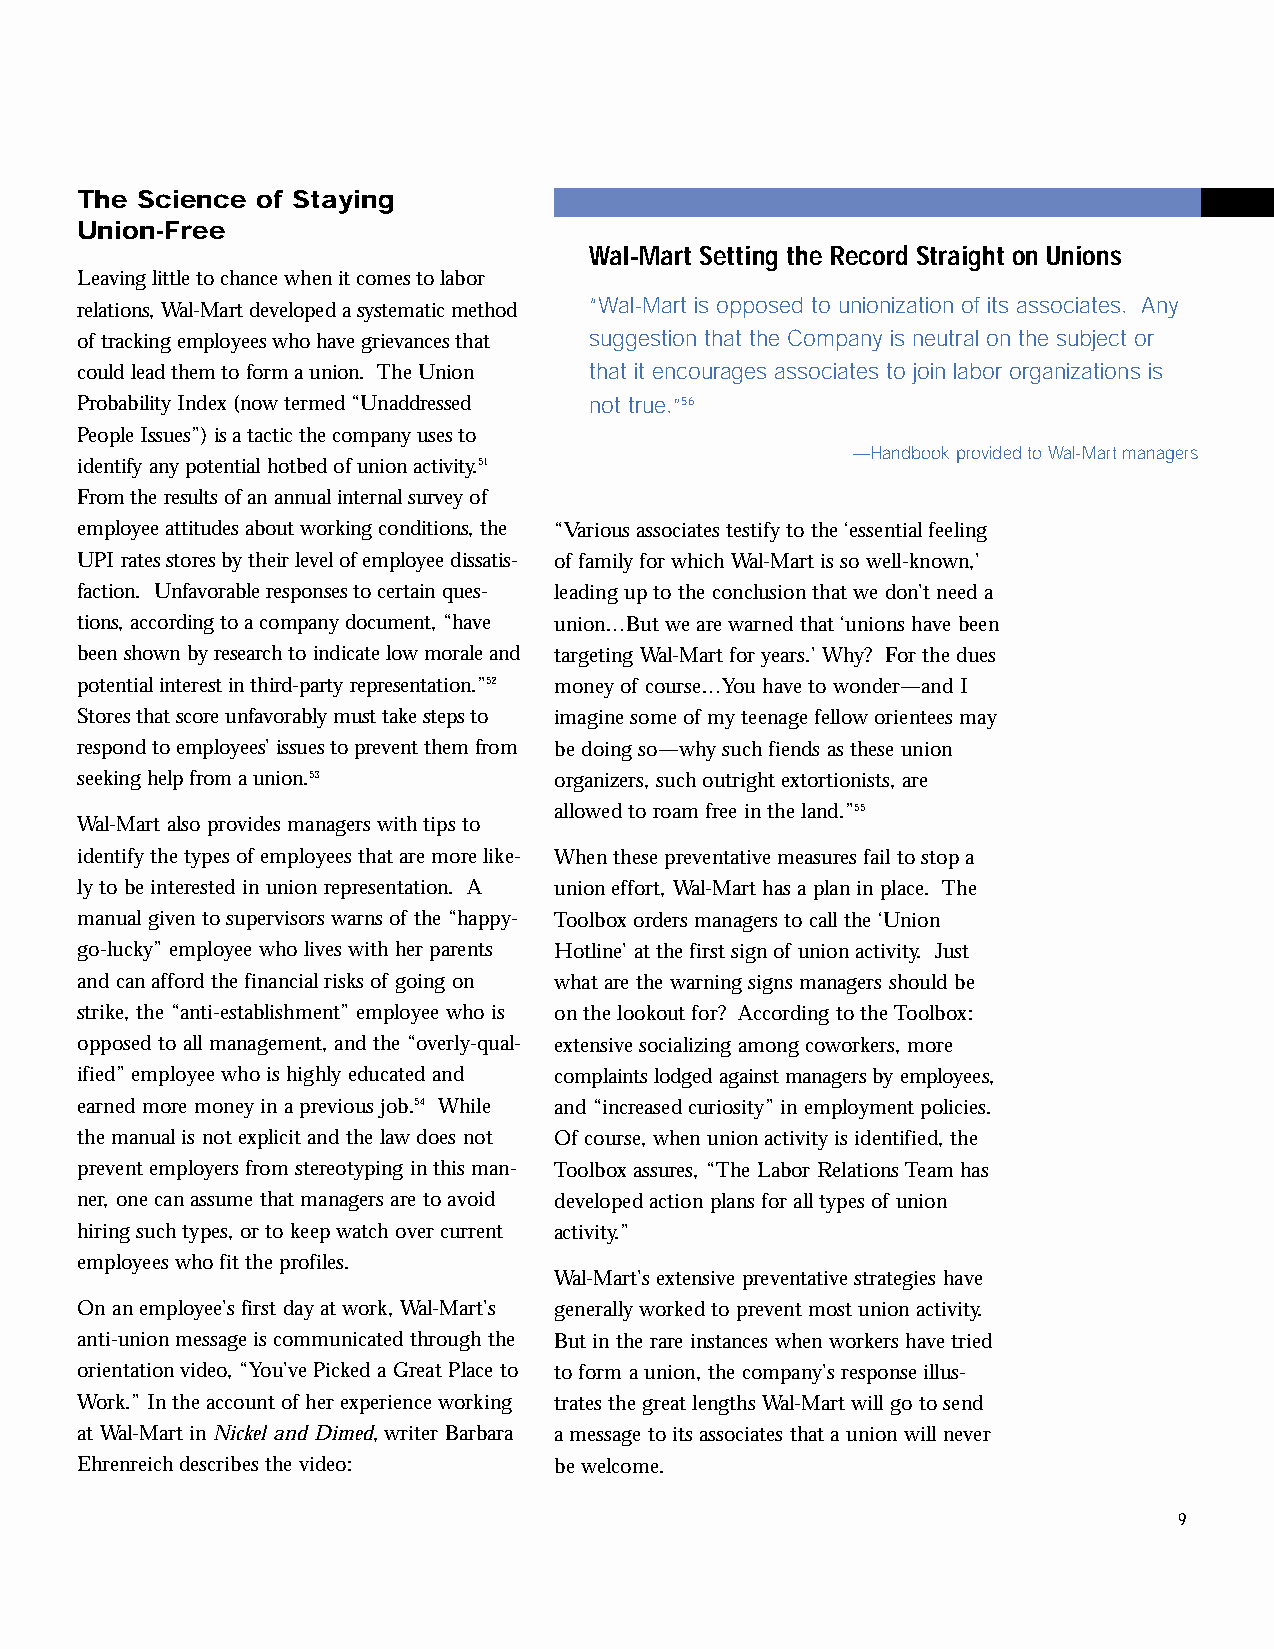
inside2.qxd 11/8/2005 11:17 AM Page 9
 The Science of Staying
 Union-Free
 Wal-Mart Setting the Record Straight on Unions
 Leaving little to chance when it comes to labor
 “Wal-Mart is opposed to unionization of its associates. Any
 relations, Wal-Mart developed a systematic method
 of tracking employees who have grievances that suggestion that the Company is neutral on the subject or
 could lead them to form a union. The Union that it encourages associates to join labor organizations is
 Probability Index (now termed “Unaddressed not true.”56
 People Issues”) is a tactic the company uses to
 —Handbook provided to Wal-Mart managers
 identify any potential hotbed of union activity.51
 From the results of an annual internal survey of
 employee attitudes about working conditions, the “Various associates testify to the ‘essential feeling
 UPI rates stores by their level of employee dissatis- of family for which Wal-Mart is so well-known,’
 faction. Unfavorable responses to certain ques- leading up to the conclusion that we don’t need a
 tions, according to a company document, “have union…But we are warned that ‘unions have been
 been shown by research to indicate low morale and targeting Wal-Mart for years.’ Why? For the dues
 potential interest in third-party representation.”52 money of course…You have to wonder—and I
 Stores that score unfavorably must take steps to imagine some of my teenage fellow orientees may
 respond to employees’ issues to prevent them from be doing so—why such fiends as these union
 seeking help from a union.53    organizers, such outright extortionists, are
 allowed to roam free in the land.”55
 Wal-Mart also provides managers with tips to
 identify the types of employees that are more like- When these preventative measures fail to stop a
 ly to be interested in union representation. A union effort, Wal-Mart has a plan in place. The
 manual given to supervisors warns of the “happy- Toolbox orders managers to call the ‘Union
 go-lucky” employee who lives with her parents Hotline’ at the first sign of union activity. Just
 and can afford the financial risks of going on what are the warning signs managers should be
 strike, the “anti-establishment” employee who is on the lookout for? According to the Toolbox:
 opposed to all management, and the “overly-qual- extensive socializing among coworkers, more
 ified” employee who is highly educated and complaints lodged against managers by employees,
 earned more money in a previous job.54 While and “increased curiosity” in employment policies.
 the manual is not explicit and the law does not Of course, when union activity is identified, the
 prevent employers from stereotyping in this man- Toolbox assures, “The Labor Relations Team has
 ner, one can assume that managers are to avoid developed action plans for all types of union
 hiring such types, or to keep watch over current activity.”
 employees who fit the profiles.
 Wal-Mart’s extensive preventative strategies have
 On an employee’s first day at work, Wal-Mart’s generally worked to prevent most union activity.
 anti-union message is communicated through the But in the rare instances when workers have tried
 orientation video, “You’ve Picked a Great Place to to form a union, the company’s response illus-
 Work.” In the account of her experience working trates the great lengths Wal-Mart will go to send
 at Wal-Mart in Nickel and Dimed, writer Barbara a message to its associates that a union will never
 Ehrenreich describes the video: be welcome.
 9